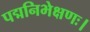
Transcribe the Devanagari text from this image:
पद्मनिभेक्षणः।